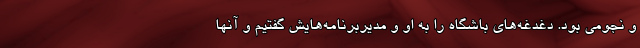
و نجومی بود. دغدغه‌های باشگاه را به او و مدیربرنامه‌هایش گفتیم و آنها